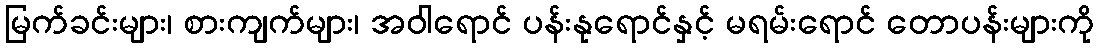
မြက်ခင်းများ၊ စားကျက်များ၊ အဝါရောင် ပန်းနုရောင်နှင့် မရမ်းရောင် တောပန်းများကို